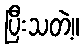
ပြီးသတဲ့။